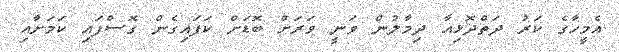
އެމީހާގެ ކަރު ދަތްދޮޅިއާ ދިމާލުން ވަނީ ވަރަށް ބޮޑަށް ކަފައިގެން ގޮސްފައި ކަމަށާއި